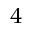
^ 4